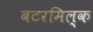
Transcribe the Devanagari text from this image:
बटरमिल्क